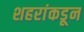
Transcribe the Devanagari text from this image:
शहरांकडून